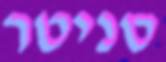
סניטר